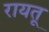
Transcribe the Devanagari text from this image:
रायतू